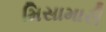
મિસામારી